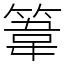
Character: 𥯤